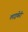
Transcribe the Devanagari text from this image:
लाइबेरी